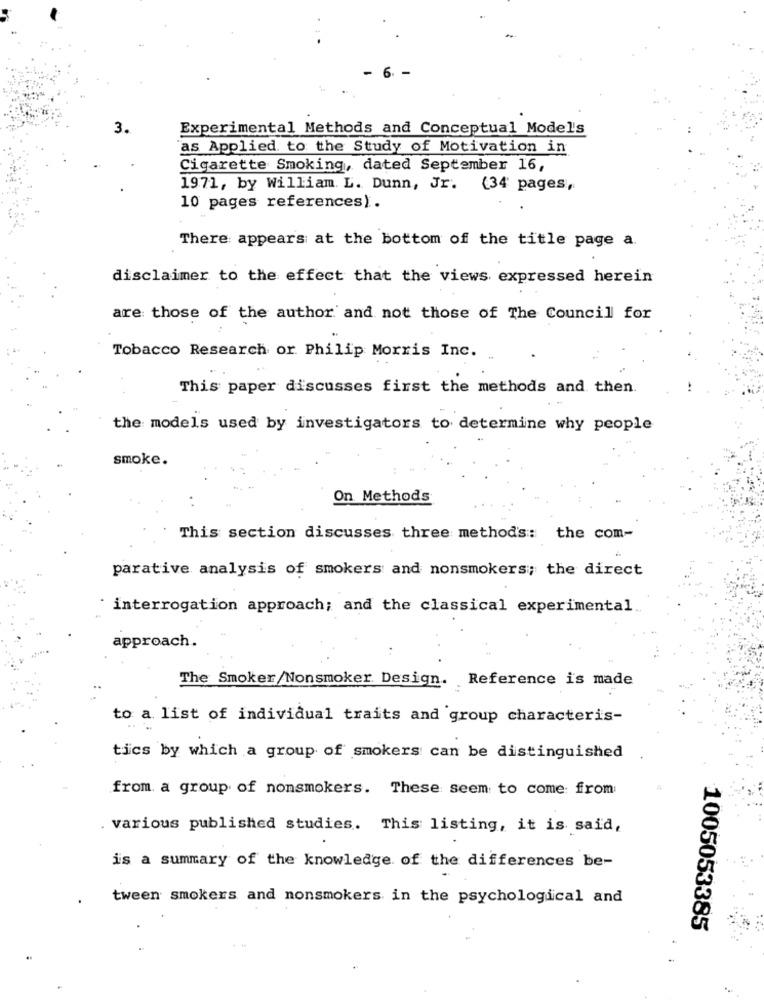
3.
Experimental Methods and Conceptual Model's
as Applied to the Study of Motivation in
Cigarette Smoking, dated September 16,
1971, by William. L. Dunn, Jr. (34 pages,
10 pages references).
There appears at the bottom of the title page a.
disclaimer to the effect that the views expressed herein
are those of the author and not those of The Council for
Tobacco Research or Philip Morris Inc.
This paper discusses first the methods and then
the models used by investigators to determine why people
smoke.
On Methods
This section discusses three method's: the com-
parative analysis of smokers and nonsmokers; the direct
interrogation approach; and the classical experimental
approach.
The Smoker/Nonsmoker Design. Reference is made
to a list of individual traits and group characteris-
tics by which a group of smokers can be distinguished
from a group of nonsmokers. These seem to come from
various published studies. This listing, it is said,
is a summary of the knowledge of the differences be-
tween smokers and nonsmokers in the psychological and
1005053385